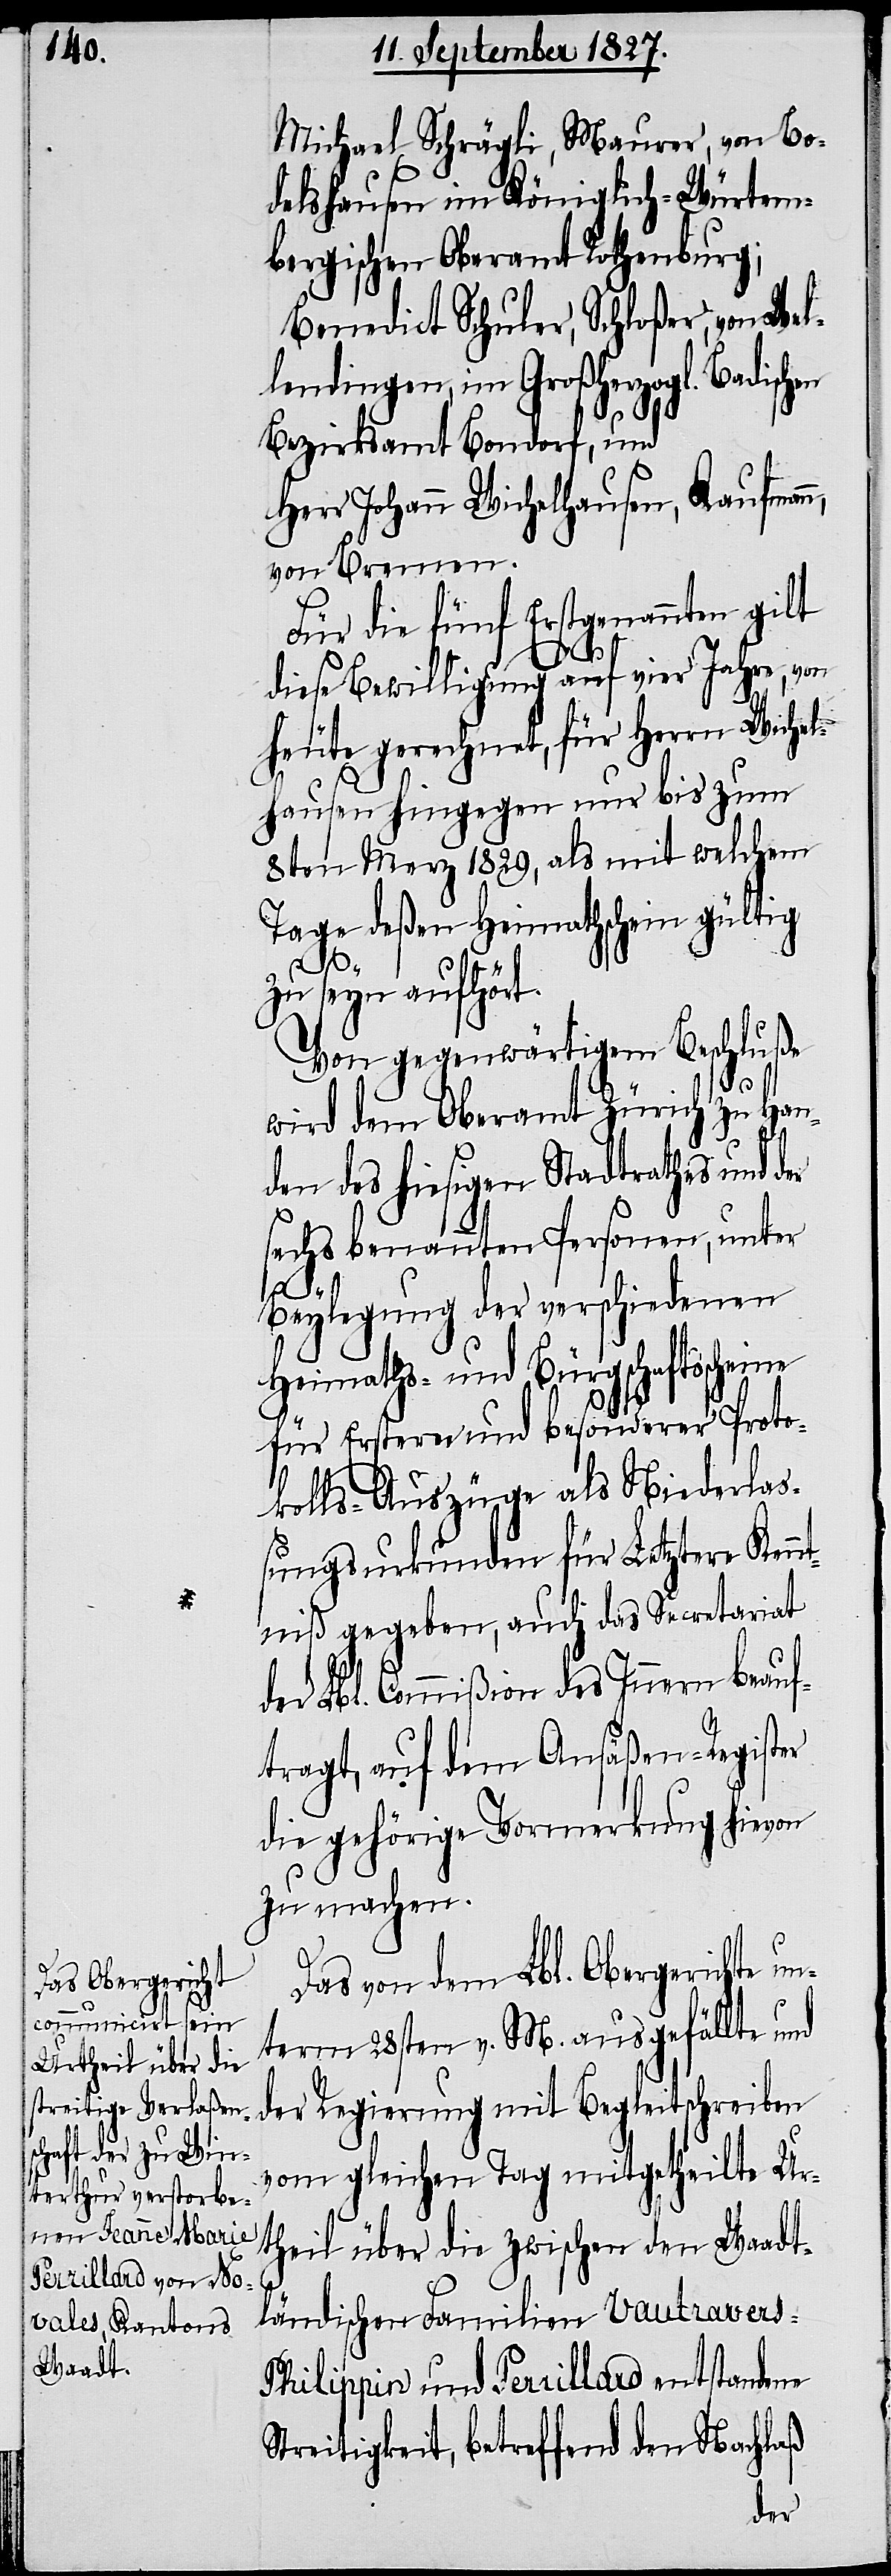
Michael Schrägli, Maurer, von Bo¬
delshausen im Königlich-Würtem¬
bergischen Oberamt Rothenburg;
Benedict Schuler, Schloßer, von Wel¬
lendingen, im Großherzogl. Badischen
Bezirksamt Bondorf, und
Herr Johann Wichelhausen, Kaufmann,
von Bremen.
Für die fünf Erstgenannten gilt
diese Bewilligung auf vier Jahre, von
heute gerechnet, für Herrn Wichel¬
hausen hingegen nur bis zum
8ten Merz 1829, als mit welchem
Tage deßen Heimathschein gültig
zu seyn aufhört.
Von gegenwärtigem Beschluße
wird dem Oberamt Zürich zu Han¬
den des hiesigen Stadtrathes und der
sechs benannten Personen, unter
Beylegung der verschiedenen
Heimaths- und Bürgschaftsscheine
für Erstere und besonderer Proto¬
kolls-Auszüge als Niederlaß¬
ungsurkunden für Letztere Kenn¬
tniß gegeben, auch das Secretariat
der Lbl. Commißion des Innern beauf¬
tragt, auf dem Ansäßen-Register
die gehörige Vormerkung hievon
zu machen.
Das von dem Lbl. Obergerichte u¬
nterm 28sten v. M. ausgefällte und
der Regierung mit Begleitschreiben
vom gleichen Tag mitgetheilte Ur¬
theil über die zwischen den Waadt¬
ländischen Familien Vautravers-P¬
hilippin und Perrillard entstandene
Streitigkeit, betreffend den Nachlaß